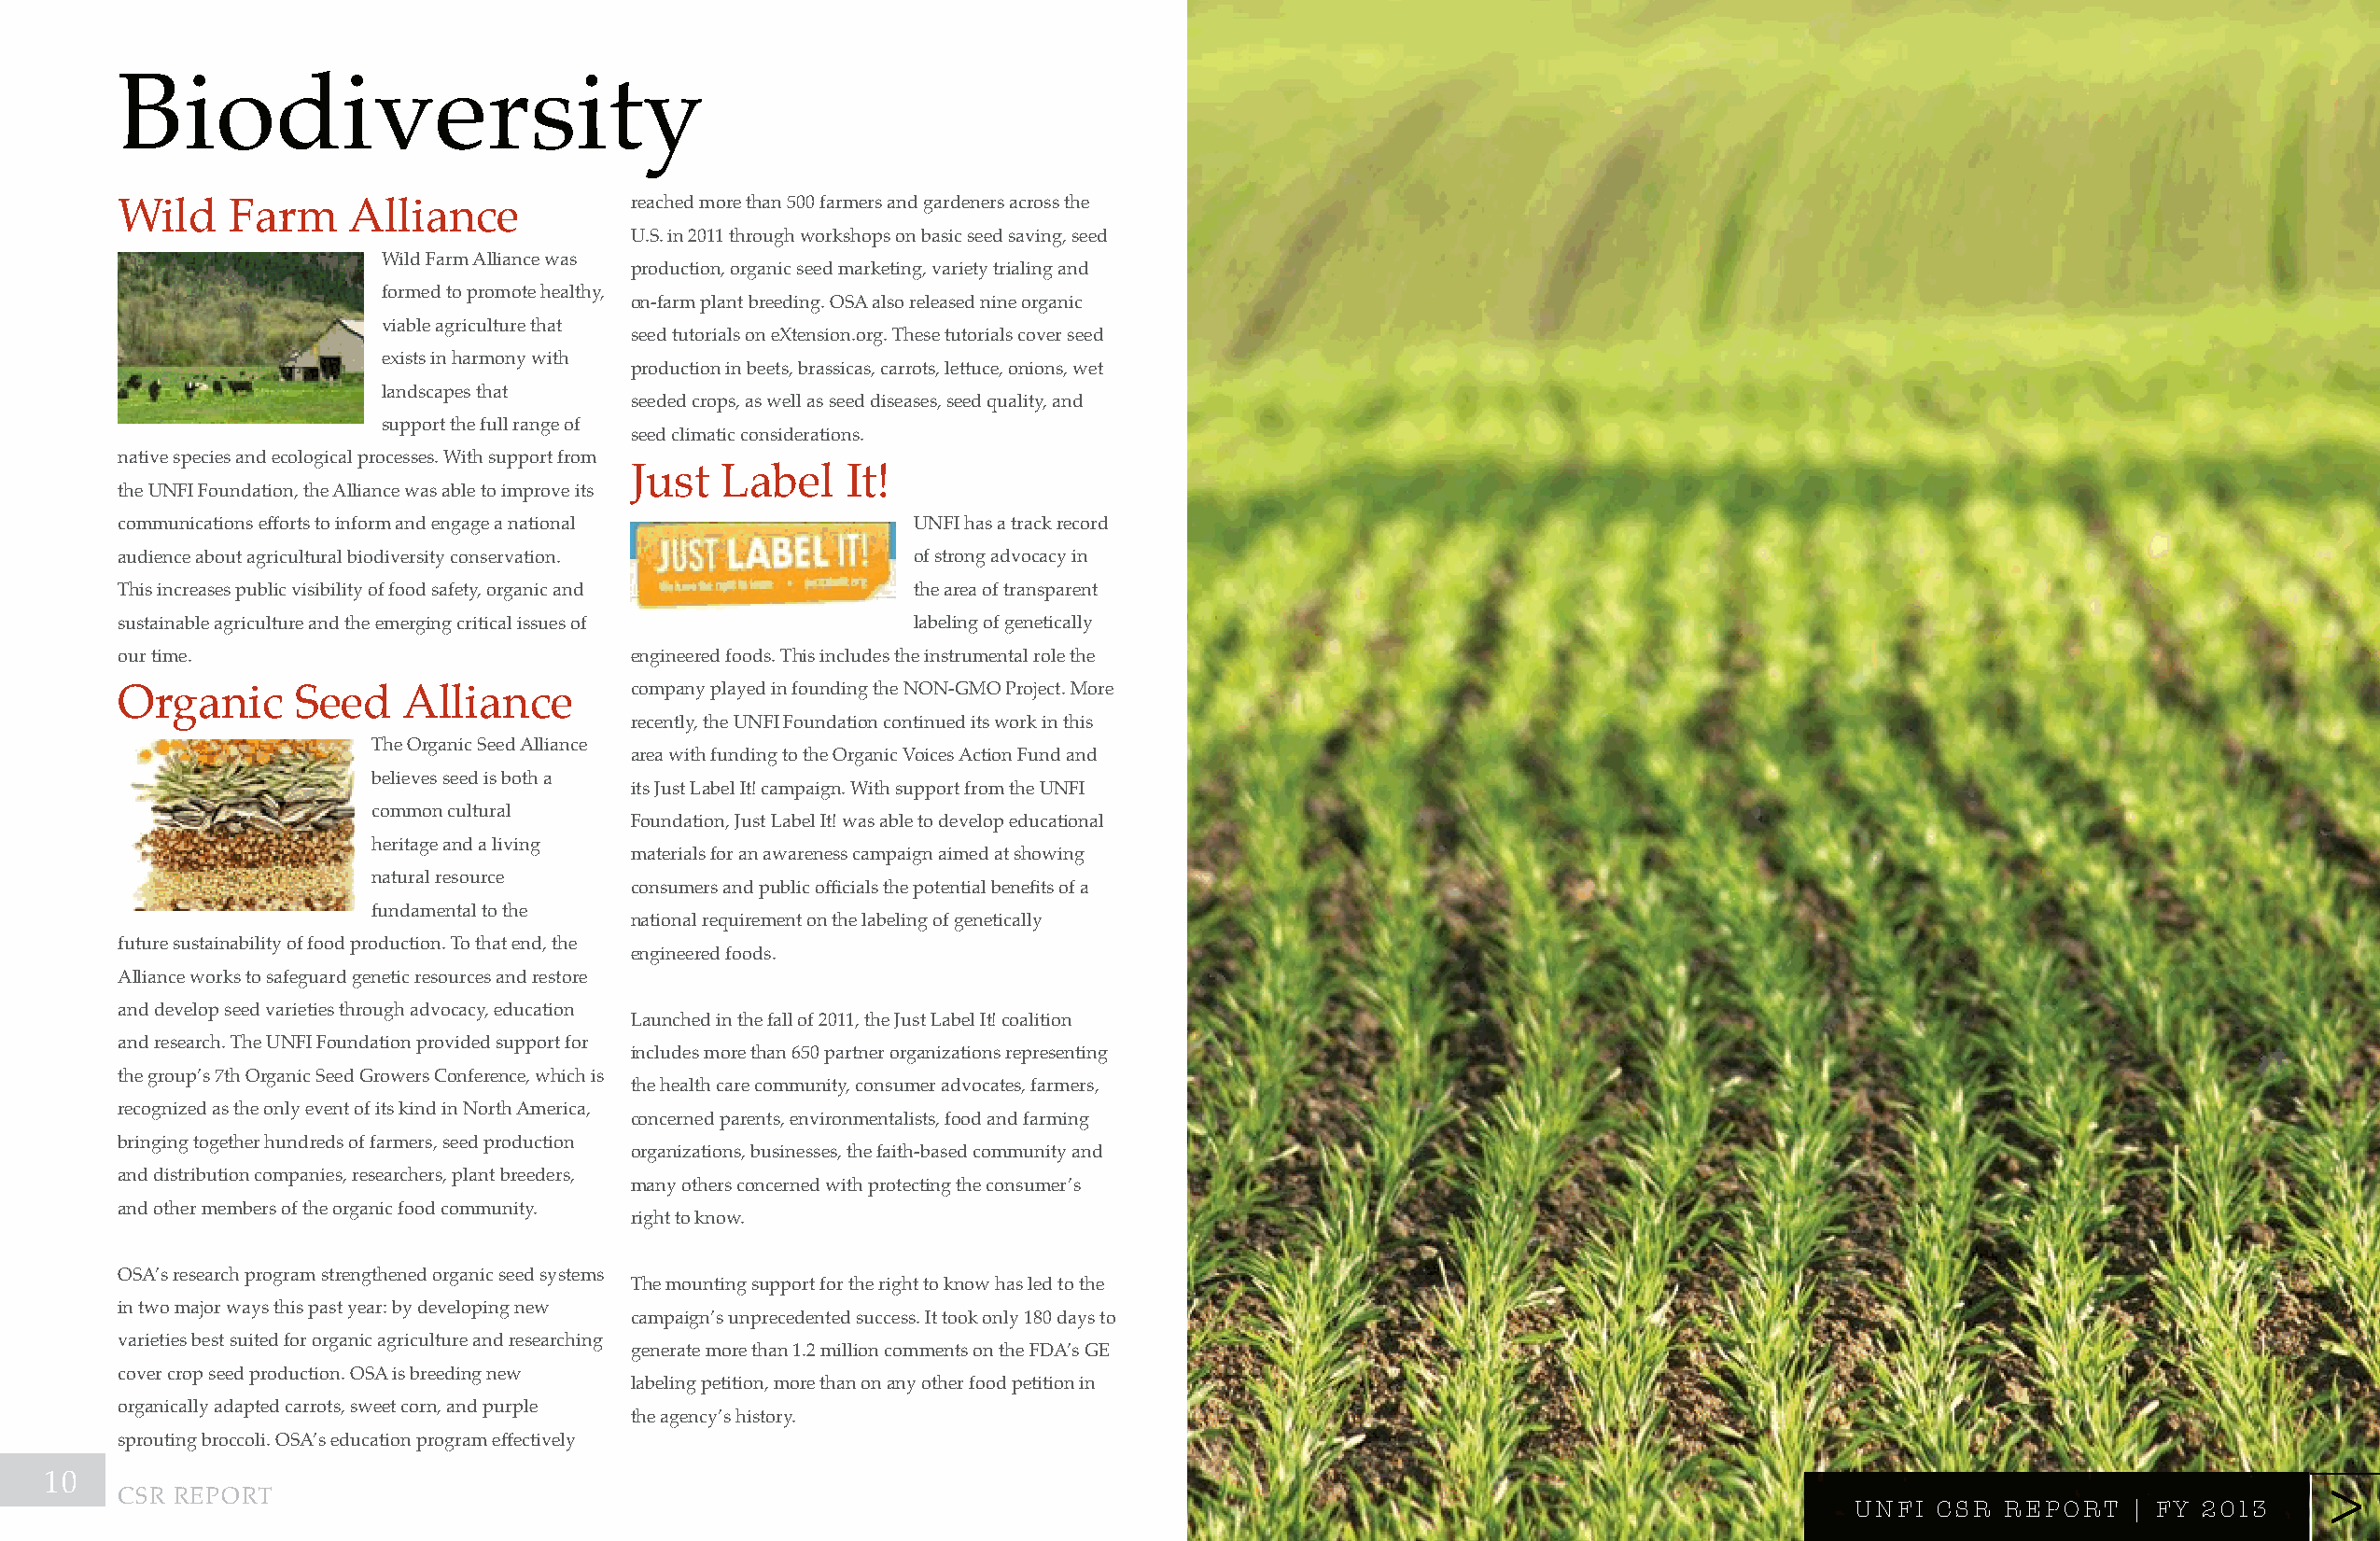
Biodiversity
 reached more than 500 farmers and gardeners across the
 Wild    Farm     alliance
 u.s. in 2011 through workshops on basic seed saving, seed
 Wild Farm alliance was
 production, organic seed marketing, variety trialing and
 formed to promote healthy,
 on-farm plant breeding. osa also released nine organic
 viable agriculture that
 seed tutorials on eXtension.org. these tutorials cover seed
 exists in harmony with
 production in beets, brassicas, carrots, lettuce, onions, wet
 landscapes that
 seeded crops, as well as seed diseases, seed quality, and
 support the full range of
 seed climatic considerations.
 native species and ecological processes. With support from
 Just  label    it!
 the unFi Foundation, the alliance was able to improve its
 communications efforts to inform and engage a national   unFi has a track record
 audience about agricultural biodiversity conservation.   of strong advocacy in
 this increases public visibility of food safety, organic and the area of transparent
 sustainable agriculture and the emerging critical issues of labeling of genetically
 our time.                            engineered foods. this includes the instrumental role the
 company played in founding the non-gmo project. more
 organic      seed    alliance
 recently, the unFi Foundation continued its work in this
 the organic seed alliance
 area with funding to the organic voices action Fund and
 believes seed is both a
 its Just label it! campaign. With support from the unFi
 common cultural
 Foundation, Just label it! was able to develop educational
 heritage and a living
 materials for an awareness campaign aimed at showing
 natural resource
 consumers and public officials the potential benefits of a
 fundamental to the
 national requirement on the labeling of genetically
 future sustainability of food production. to that end, the
 engineered foods.
 alliance works to safeguard genetic resources and restore
 and develop seed varieties through advocacy, education
 launched in the fall of 2011, the Just label it! coalition
 and research. the unFi Foundation provided support for
 includes more than 650 partner organizations representing
 the group’s 7th organic seed growers conference, which is
 the health care community, consumer advocates, farmers,
 recognized as the only event of its kind in north america,
 concerned parents, environmentalists, food and farming
 bringing together hundreds of farmers, seed production
 organizations, businesses, the faith-based community and
 and distribution companies, researchers, plant breeders,
 many others concerned with protecting the consumer’s
 and other members of the organic food community.
 right to know.
 osa’s research program strengthened organic seed systems
 the mounting support for the right to know has led to the
 in two major ways this past year: by developing new
 campaign’s unprecedented success. it took only 180 days to
 varieties best suited for organic agriculture and researching
 generate more than 1.2 million comments on the Fda’s ge
 cover crop seed production. osa is breeding new
 labeling petition, more than on any other food petition in
 organically adapted carrots, sweet corn, and purple
 the agency’s history.
 sprouting broccoli. OSA’s education program effectively
 10                                                                                                                                                                >>>
 csr report
 UNFI CSR  RepoR  t | FY 2013